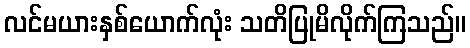
လင်မယားနှစ်ယောက်လုံး သတိပြုမိလိုက်ကြသည်။